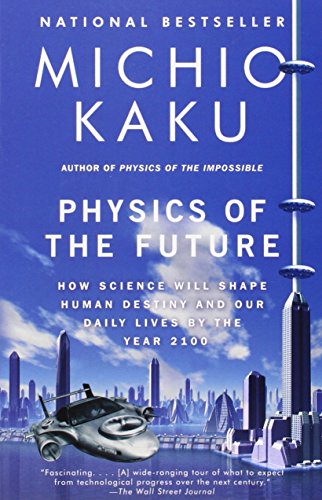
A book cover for Physics of the Future: How Science Will Shape Human Destiny and Our Daily Lives by the Year 2100; Michio Kaku; Science & Math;